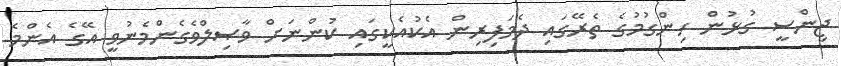
ޖިންސީ ގުޅުން ހިންގުމުގެ ތެރޭގައި ދެމަފިރިން އެކުއެކީގައި ކުންނަށް ވާޞިލްވެގެންމެނުވީ އޭގެ އެންމެ